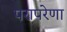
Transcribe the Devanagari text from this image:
परापरेणा